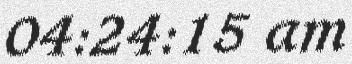
04:24:15 am